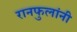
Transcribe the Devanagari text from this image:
रानफुलांनी